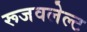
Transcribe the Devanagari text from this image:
रूजवलेल्ट